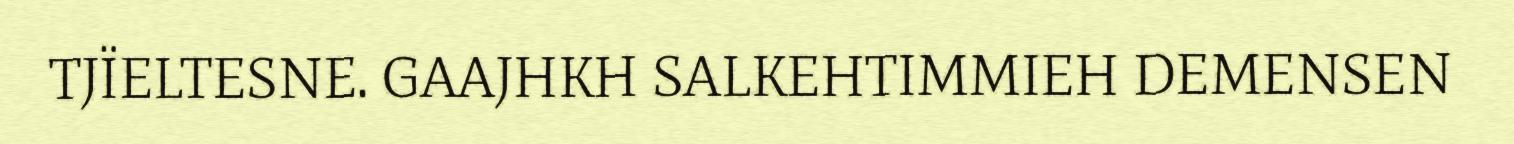
TJÏELTESNE. GAAJHKH SALKEHTIMMIEH DEMENSEN